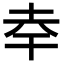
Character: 𭎎